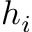
h _ { i }